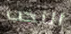
النخب